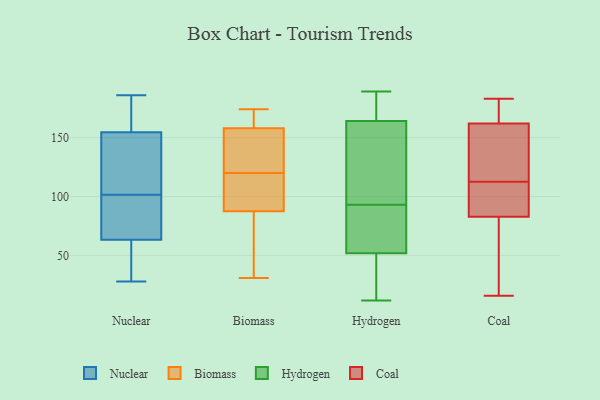
{"axis": {"x": "Bounce Rate (%)", "y": "Value"}, "legend": ["Biomass", "Coal", "Hydrogen", "Nuclear"], "data": [{"x": "", "y": 70, "type": "Nuclear"}, {"x": "", "y": 171, "type": "Nuclear"}, {"x": "", "y": 149, "type": "Nuclear"}, {"x": "", "y": 186, "type": "Nuclear"}, {"x": "", "y": 46, "type": "Nuclear"}, {"x": "", "y": 160, "type": "Nuclear"}, {"x": "", "y": 115, "type": "Nuclear"}, {"x": "", "y": 57, "type": "Nuclear"}, {"x": "", "y": 96, "type": "Nuclear"}, {"x": "", "y": 56, "type": "Nuclear"}, {"x": "", "y": 28, "type": "Nuclear"}, {"x": "", "y": 81, "type": "Nuclear"}, {"x": "", "y": 168, "type": "Nuclear"}, {"x": "", "y": 106, "type": "Nuclear"}, {"x": "", "y": 97, "type": "Nuclear"}, {"x": "", "y": 146, "type": "Nuclear"}, {"x": "", "y": 111, "type": "Biomass"}, {"x": "", "y": 146, "type": "Biomass"}, {"x": "", "y": 165, "type": "Biomass"}, {"x": "", "y": 104, "type": "Biomass"}, {"x": "", "y": 174, "type": "Biomass"}, {"x": "", "y": 157, "type": "Biomass"}, {"x": "", "y": 115, "type": "Biomass"}, {"x": "", "y": 159, "type": "Biomass"}, {"x": "", "y": 71, "type": "Biomass"}, {"x": "", "y": 31, "type": "Biomass"}, {"x": "", "y": 125, "type": "Biomass"}, {"x": "", "y": 41, "type": "Biomass"}, {"x": "", "y": 189, "type": "Hydrogen"}, {"x": "", "y": 183, "type": "Hydrogen"}, {"x": "", "y": 99, "type": "Hydrogen"}, {"x": "", "y": 142, "type": "Hydrogen"}, {"x": "", "y": 87, "type": "Hydrogen"}, {"x": "", "y": 66, "type": "Hydrogen"}, {"x": "", "y": 137, "type": "Hydrogen"}, {"x": "", "y": 38, "type": "Hydrogen"}, {"x": "", "y": 175, "type": "Hydrogen"}, {"x": "", "y": 153, "type": "Hydrogen"}, {"x": "", "y": 77, "type": "Hydrogen"}, {"x": "", "y": 77, "type": "Hydrogen"}, {"x": "", "y": 15, "type": "Hydrogen"}, {"x": "", "y": 20, "type": "Hydrogen"}, {"x": "", "y": 187, "type": "Hydrogen"}, {"x": "", "y": 12, "type": "Hydrogen"}, {"x": "", "y": 144, "type": "Coal"}, {"x": "", "y": 81, "type": "Coal"}, {"x": "", "y": 57, "type": "Coal"}, {"x": "", "y": 114, "type": "Coal"}, {"x": "", "y": 16, "type": "Coal"}, {"x": "", "y": 85, "type": "Coal"}, {"x": "", "y": 111, "type": "Coal"}, {"x": "", "y": 170, "type": "Coal"}, {"x": "", "y": 109, "type": "Coal"}, {"x": "", "y": 183, "type": "Coal"}, {"x": "", "y": 154, "type": "Coal"}, {"x": "", "y": 183, "type": "Coal"}]}